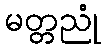
မတ္တညုံ